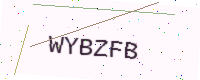
Text: WYBZFB